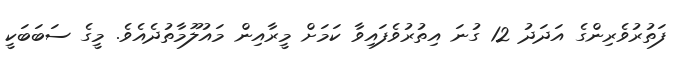
ފަތުރުވެރިންގެ އަދަދު 12 ގުނަ އިތުރުވެފައިވާ ކަމަށް މީރާއިން މައުލޫމާތުދެއެވެ. މީގެ ސަބަބަކީ